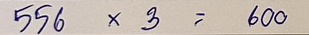
556 x 3 = 600